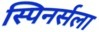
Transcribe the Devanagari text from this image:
स्पिनर्सला